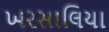
ખરસાલિયા